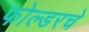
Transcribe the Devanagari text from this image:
फोल्डरचे